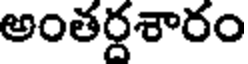
అంతర్దశారం